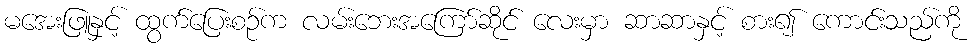
မအေးဖြူနှင့် ထွက်ပြေးစဉ်က လမ်းဘေးအကြော်ဆိုင် လေးမှာ ဆာဆာနှင့် စား၍ ကောင်းသည်ကို